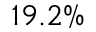
1 9 . 2 \%